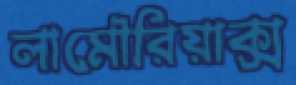
লামৌরিয়াক্স